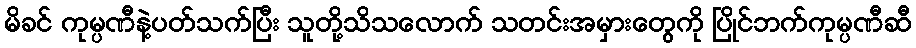
မိခင် ကုမ္ပဏီနဲ့ပတ်သက်ပြီး သူတို့သိသလောက် သတင်းအမှားတွေကို ပြိုင်ဘက်ကုမ္ပဏီဆီ